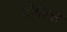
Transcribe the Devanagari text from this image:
वोगेल्स